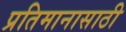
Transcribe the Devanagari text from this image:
प्रतिमानासाठी